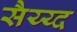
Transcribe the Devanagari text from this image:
सैय्य्द